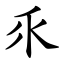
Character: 乑